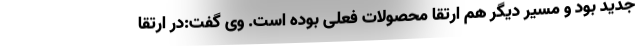
جدید بود و مسیر دیگر هم ارتقا محصولات فعلی بوده است. وی گفت:در ارتقا